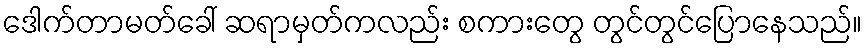
ဒေါက်တာမတ်ခေါ် ဆရာမှတ်ကလည်း စကားတွေ တွင်တွင်ပြောနေသည်။